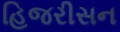
હિજરીસન